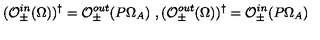
( \mathcal { O } _ { \pm } ^ { i n } ( \Omega ) ) ^ { \dag } = \mathcal { O } _ { \pm } ^ { o u t } ( P \Omega _ { A } ) \ , ( \mathcal { O } _ { \pm } ^ { o u t } ( \Omega ) ) ^ { \dag } = \mathcal { O } _ { \pm } ^ { i n } ( P \Omega _ { A } )